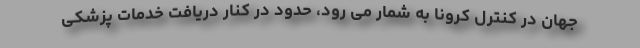
جهان در کنترل کرونا به شمار می رود، حدود در کنار دریافت خدمات پزشکی